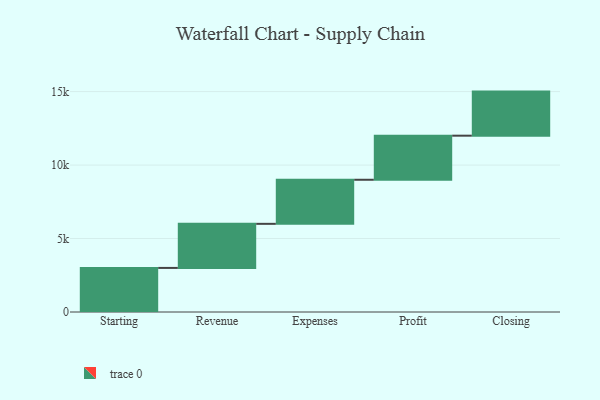
{"axis": {"x": "Step", "y": "Value"}, "legend": [""], "data": [{"x": "Starting", "y": 3000, "type": ""}, {"x": "Revenue", "y": 3000, "type": ""}, {"x": "Expenses", "y": 3000, "type": ""}, {"x": "Profit", "y": 3000, "type": ""}, {"x": "Closing", "y": 3000, "type": ""}]}